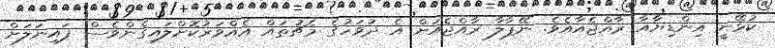
ކުޅޭނީ އިންޑިޔާއާ ރާއްޖެއާއެވެ. ނޭޕާލާ ރާއްޖެއަށް އެ ދުވަހުގެ މެޗުތައް އެއްވަރުކޮށްލައިގެންވެސް ފައިނަލަށް